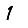
Digit: 1